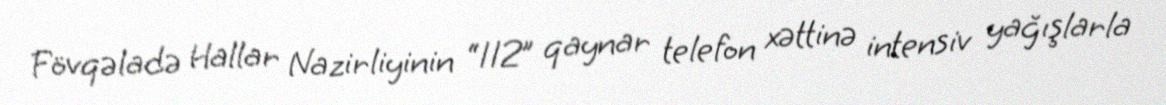
Fövqəladə Hallar Nazirliyinin “112” qaynar telefon xəttinə intensiv yağışlarla